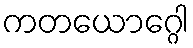
ကတယောဂ္ဂေါ